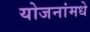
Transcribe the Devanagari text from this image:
योजनांमधे